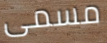
مسمى